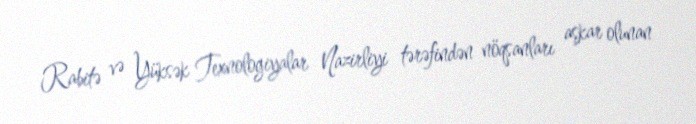
Rabitə və Yüksək Texnologiyalar Nazirliyi tərəfindən nöqsanları aşkar olunan